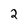
Character: 2